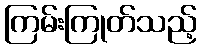
ကြမ်းကြုတ်သည့်